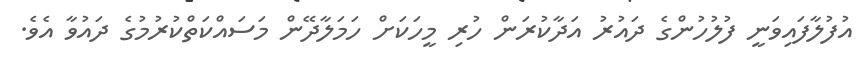
އުފުލާފައިވަނީ ފުލުހުންގެ ދައުރު އަދާކުރަން ހުރި މީހަކަށް ހަމަލާދޭން މަސައްކަތްކުރުމުގެ ދައުވާ އެވެ.